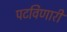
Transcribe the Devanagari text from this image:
पटविणारी